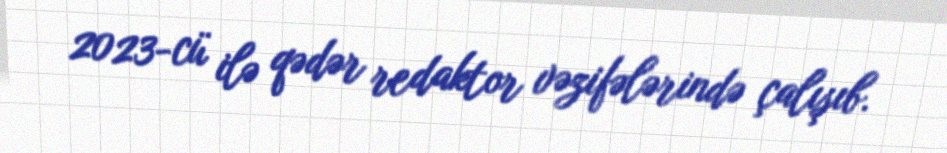
2023-cü ilə qədər redaktor vəzifələrində çalışıb.